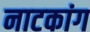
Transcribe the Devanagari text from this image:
नाटकांग